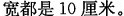
宽都是10厘米。